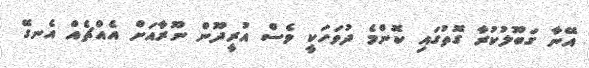
އޭނާ ގަބޫލުކުރާ ގޮތުގައި ކޮންމެ ދުވަހަކީ ވެސް އުރީދޫން ނޫރާއަށް އެއްޗެއް އެނގޭ